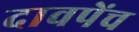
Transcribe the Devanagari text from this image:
दावपेंच